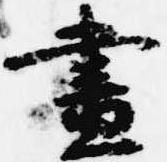
昼